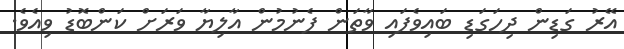
އޭރު ގަޑިން ދިހަގަޑި ބައިވެފައި ވާތަން ފެނުމުން އާލިޔާ ވަރަށް ކަންބޮޑު ވިއެވެ.